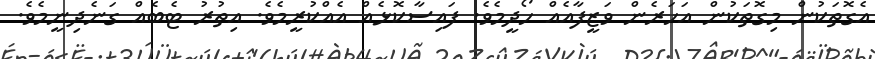
އެގޮތަކުން މިގޮތަކުން އަހަރެން ވަޒީފާއެއް ހޯދީމެވެ. ފައިސާކޮޅެއް އެއްކުރީމެވެ. އިތުރު ޓެބެއް ގަނެދިނީމެވެ.